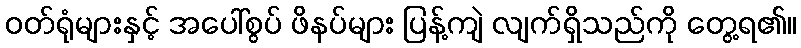
ဝတ်ရုံများနှင့် အပေါ်စွပ် ဖိနပ်များ ပြန့်ကျဲ လျက်ရှိသည်ကို တွေ့ရ၏။